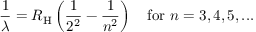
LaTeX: { \frac { 1 } { \lambda } } = R _ { \mathrm { H } } \left( { \frac { 1 } { 2 ^ { 2 } } } - { \frac { 1 } { n ^ { 2 } } } \right) \quad { \mathrm { f o r } } \ n = 3 , 4 , 5 , . . .